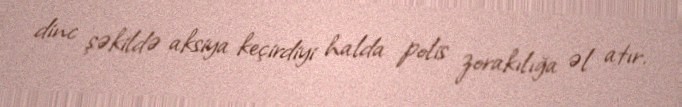
dinc şəkildə aksiya keçirdiyi halda polis zorakılığa əl atır.